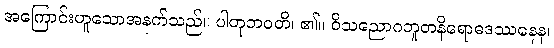
အကြောင်းဟူသောအနက်သည်။ ပါတုဘဝတိ၊ ၏။ ဝိသညောဂဘူတနိရောဓဒဿနေန၊